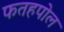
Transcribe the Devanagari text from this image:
फतहपोल